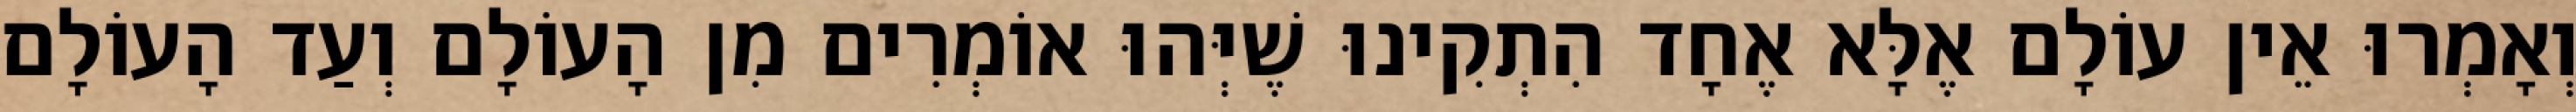
וְאָמְרוּ אֵין עוֹלָם אֶלָּא אֶחָד הִתְקִינוּ שֶׁיְּהוּ אוֹמְרִים מִן הָעוֹלָם וְעַד הָעוֹלָם